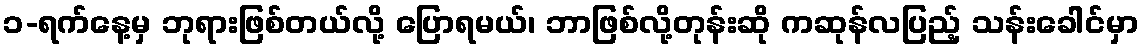
၁-ရက်နေ့မှ ဘုရားဖြစ်တယ်လို့ ပြောရမယ်၊ ဘာဖြစ်လို့တုန်းဆို ကဆုန်လပြည့် သန်းခေါင်မှာ